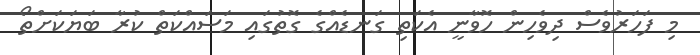
މި ފަހަރުވެސް ދިވެހިން ހޮވާނީ އެކަތި ގަނޑެއްގެ ގޮތުގައި މަސައްކަތް ކުރާ ބަޔަކަށްތޯ